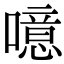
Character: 噫